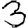
Digit: 3